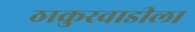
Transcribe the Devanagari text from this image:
ठाकुरवाडीला